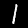
Label: 1